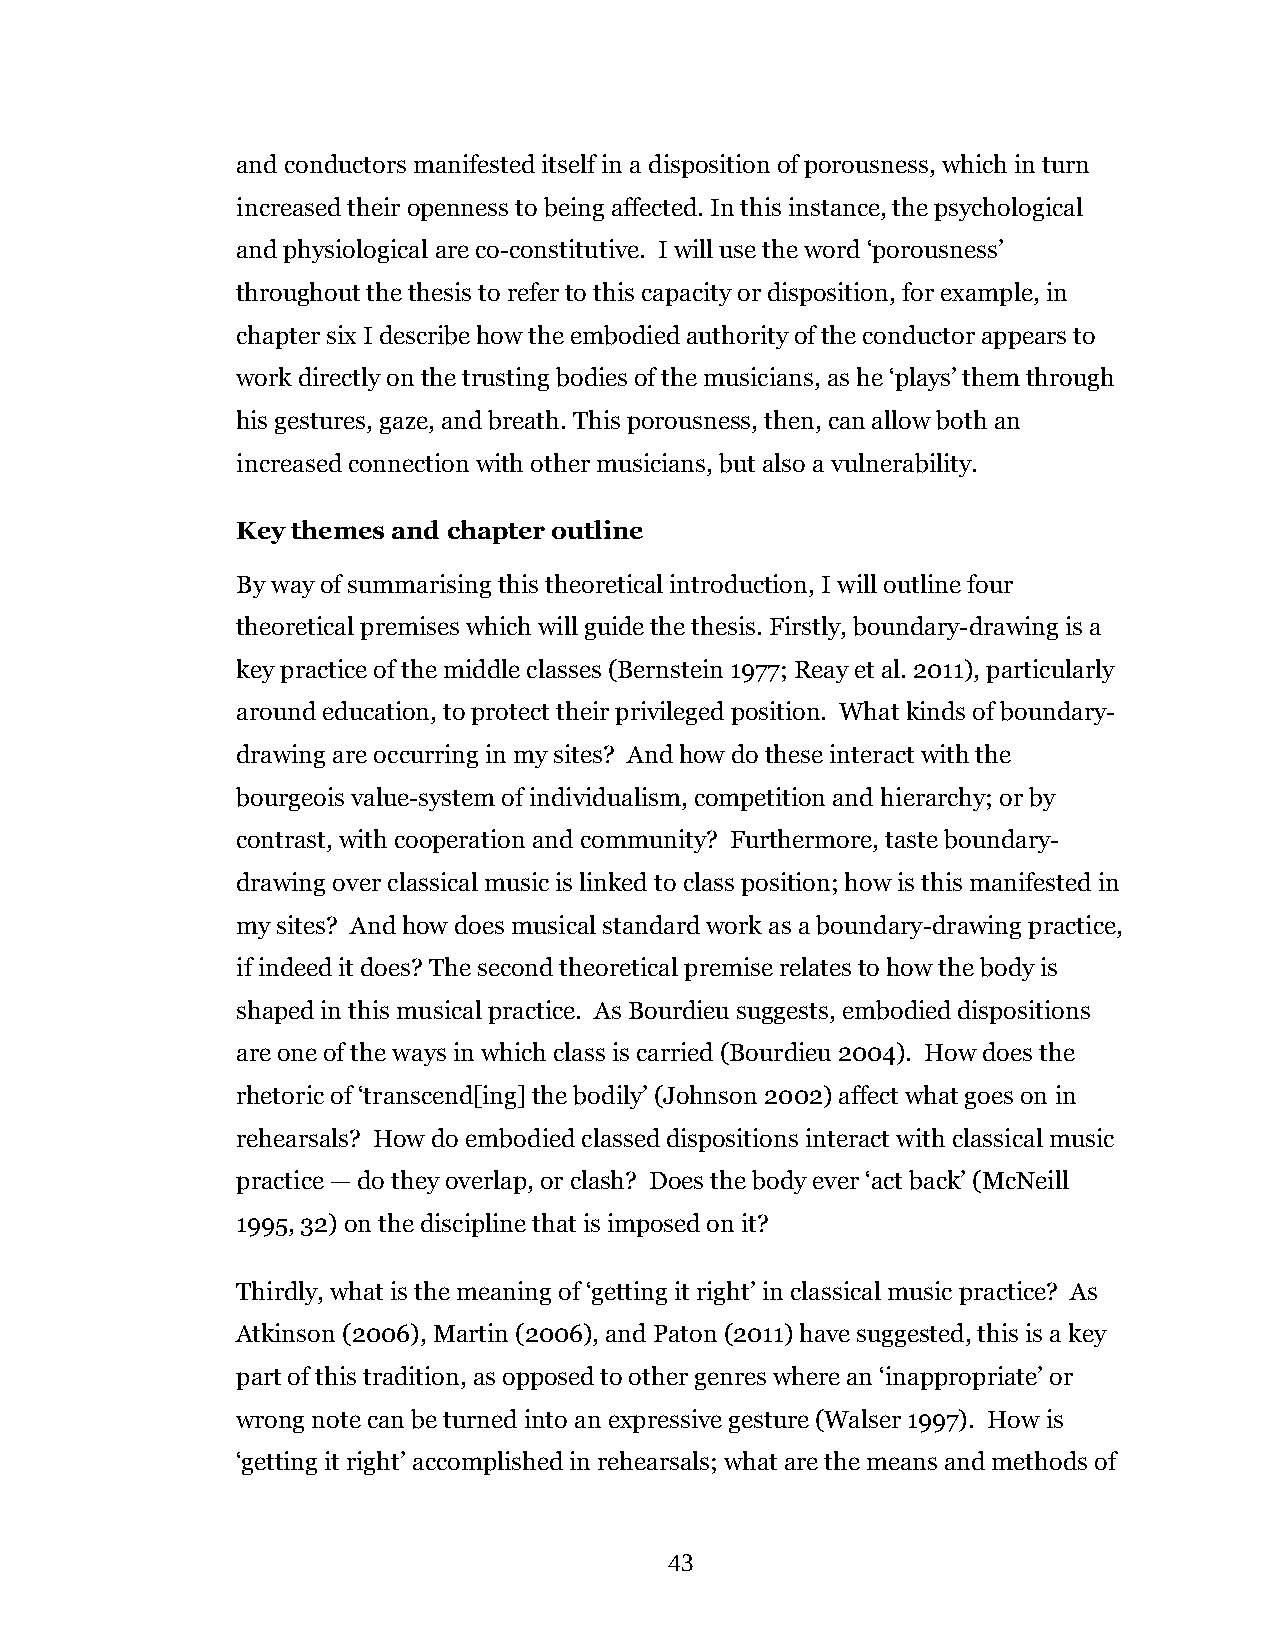
and conductors manifested itself in a disposition of porousness, which in turn
 increased their openness to being affected. In this instance, the psychological
 and physiological are co-constitutive. I will use the word ‘porousness’
 throughout the thesis to refer to this capacity or disposition, for example, in
 chapter six I describe how the embodied authority of the conductor appears to
 work directly on the trusting bodies of the musicians, as he ‘plays’ them through
 his gestures, gaze, and breath. This porousness, then, can allow both an
 increased connection with other musicians, but also a vulnerability.
 Key themes and chapter outline
 By way of summarising this theoretical introduction, I will outline four
 theoretical premises which will guide the thesis. Firstly, boundary-drawing is a
 key practice of the middle classes (Bernstein 1977; Reay et al. 2011), particularly
 around education, to protect their privileged position. What kinds of boundary-
 drawing are occurring in my sites? And how do these interact with the
 bourgeois value-system of individualism, competition and hierarchy; or by
 contrast, with cooperation and community? Furthermore, taste boundary-
 drawing over classical music is linked to class position; how is this manifested in
 my sites? And how does musical standard work as a boundary-drawing practice,
 if indeed it does? The second theoretical premise relates to how the body is
 shaped in this musical practice. As Bourdieu suggests, embodied dispositions
 are one of the ways in which class is carried (Bourdieu 2004). How does the
 rhetoric of ‘transcend[ing] the bodily’ (Johnson 2002) affect what goes on in
 rehearsals? How do embodied classed dispositions interact with classical music
 practice — do they overlap, or clash? Does the body ever ‘act back’ (McNeill
 1995, 32) on the discipline that is imposed on it?
 Thirdly, what is the meaning of ‘getting it right’ in classical music practice? As
 Atkinson (2006), Martin (2006), and Paton (2011) have suggested, this is a key
 part of this tradition, as opposed to other genres where an ‘inappropriate’ or
 wrong note can be turned into an expressive gesture (Walser 1997). How is
 ‘getting it right’ accomplished in rehearsals; what are the means and methods of
 43